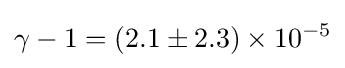
\gamma -1=(2.1\pm 2.3)\times 10^{-5}